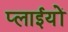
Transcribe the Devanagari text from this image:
प्लाईयों